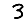
Digit: 3